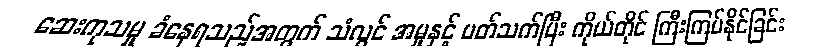
ဆေးကုသမှု ခံနေရသည့်အတွက် သံလွင် အမှုနှင့် ပတ်သက်ပြီး ကိုယ်တိုင် ကြီးကြပ်နိုင်ခြင်း